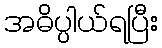
အဓိပ္ပါယ်ရပြီး